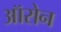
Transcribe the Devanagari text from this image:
ऑरोन